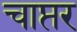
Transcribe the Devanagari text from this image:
चाप्तर